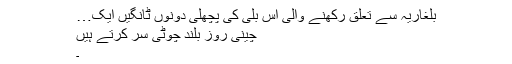
بلغاریہ سے تعلق رکھنے والی اس بلی کی پچھلی دونوں ٹانگیں ایک…
چینی روز بلند چوٹی سر کرتے ہیں
۔